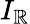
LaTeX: I_{\mathbb{R}}